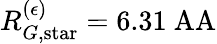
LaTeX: R_{G,\mathrm{star}}^{(\epsilon)}=6.31\mathrm{\ AA}